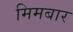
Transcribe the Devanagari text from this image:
मिमबार